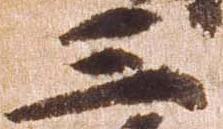
三